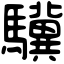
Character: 驥